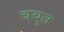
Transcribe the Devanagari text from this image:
बबुत